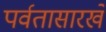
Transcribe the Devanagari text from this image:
पर्वतासारखे